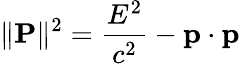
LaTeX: \| \mathbf{P}\| ^{2}={\frac{E^{2}}{c^{2}}}-\mathbf{p}\cdot\mathbf{p}